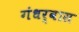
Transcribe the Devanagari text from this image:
गंधर्वास